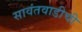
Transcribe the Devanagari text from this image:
सावंतवाडीची